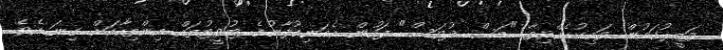
ވަޒީރުކަމުން ވަކިކުރެއްވިތާ "މަސް ދުވަސް" ފަހުން އެމަނިކުފާނުގެ ޓުވީޓުތައް އިންތިހާއަށް ގިނަ އެވެ.